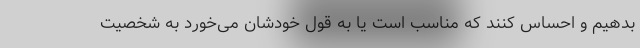
بدهیم و احساس کنند که مناسب است یا به قول خودشان می‌خورد به شخصیت